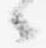
々